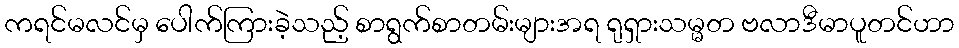
ကရင်မလင်မှ ပေါက်ကြားခဲ့သည့် စာရွက်စာတမ်းများအရ ရုရှားသမ္မတ ဗလာဒီမာပူတင်ဟာ